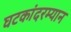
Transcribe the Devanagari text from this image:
घटकांदरम्यान